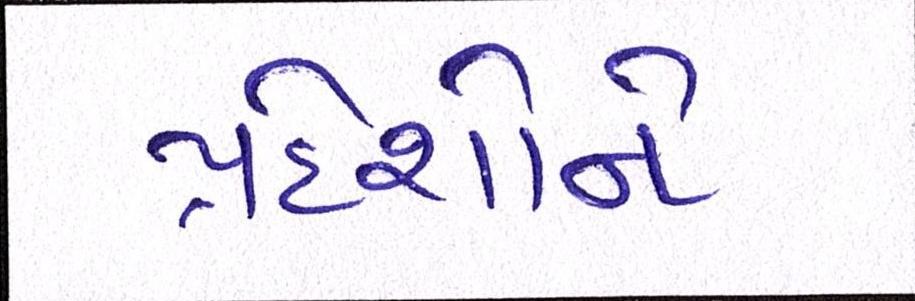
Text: પ્રદેશોને